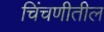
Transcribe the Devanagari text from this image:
चिंचणीतील